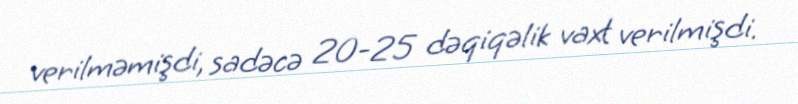
verilməmişdi, sadəcə 20-25 dəqiqəlik vaxt verilmişdi.